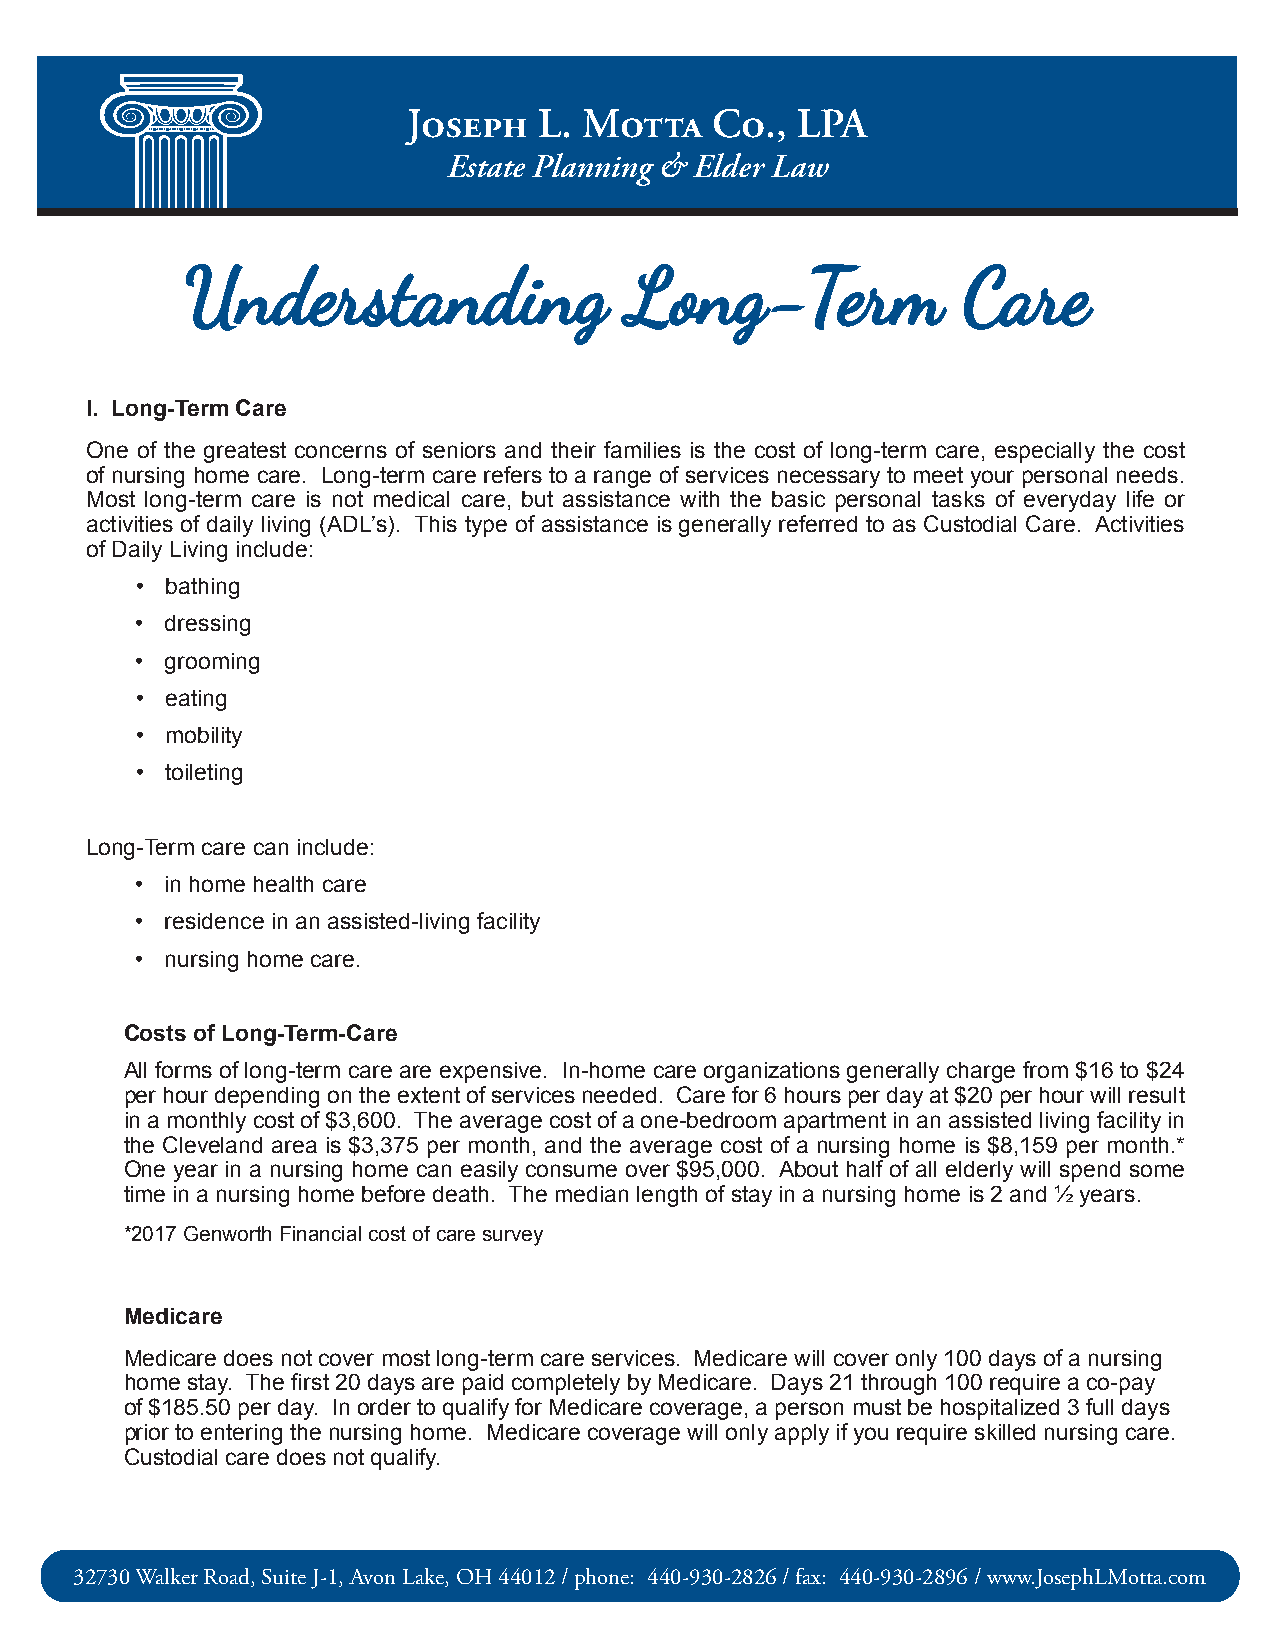
The        Legacy               Advis�
 J   L. M   C.,  LPA
 Estate Planning & Elder Law
 UUnnddeerrssttaannddiinngg    LLoonngg--TTeerrmm    CCaarree
 I. Long-Term Care
 One of the greatest concerns of seniors and their families is the cost of long-term care, especially the cost
 of nursing home care. Long-term care refers to a range of services necessary to meet your personal needs.
 Most long-term care is not medical care, but assistance with the basic personal tasks of everyday life or
 activities of daily living (ADL’s). This type of assistance is generally referred to as Custodial Care. Activities
 of Daily Living include:
 • bathing
 • dressing
 • grooming
 • eating
 • mobility
 • toileting
 Long-Term care can include:
 • in home health care
 • residence in an assisted-living facility
 • nursing home care.
 Costs of Long-Term-Care
 All forms of long-term care are expensive. In-home care organizations generally charge from $16 to $24
 per hour depending on the extent of services needed. Care for 6 hours per day at $20 per hour will result
 in a monthly cost of $3,600. The average cost of a one-bedroom apartment in an assisted living facility in
 the Cleveland area is $3,375 per month, and the average cost of a nursing home is $8,159 per month.*
 One year in a nursing home can easily consume over $95,000. About half of all elderly will spend some
 time in a nursing home before death. The median length of stay in a nursing home is 2 and ½ years.
 *2017 Genworth Financial cost of care survey
 Medicare
 Medicare does not cover most long-term care services. Medicare will cover only 100 days of a nursing
 home stay. The fi rst 20 days are paid completely by Medicare. Days 21 through 100 require a co-pay
 of $185.50 per day. In order to qualify for Medicare coverage, a person must be hospitalized 3 full days
 prior to entering the nursing home. Medicare coverage will only apply if you require skilled nursing care.
 Custodial care does not qualify.
 32730 Walker Road, Suite J-1, Avon Lake, OH 44012 / phone: 440-930-2826 / fax: 440-930-2896 / www.JosephLMotta.com